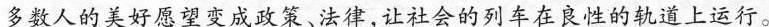
多数人的美好愿望变成政策，法律，让社会的列车在良性的轨道上运行。